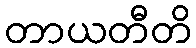
တာယတီတိ